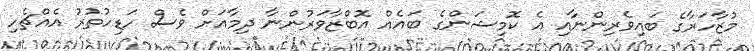
މުޒާހަރާގެ ބައިވެރިންނާއި އެ ކޮމިޝަންގެ ބައެއް އޮބްޒާވަރުންނާ ދިމާއަށް ވެސް ހަޑިހުތުރު އެއްޗެހި